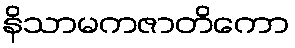
နိသာမကဇာတိကော